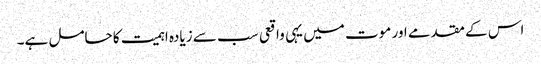
اس کے مقدمے اور موت میں یہی واقعی سب سے زیادہ اہمیت کا حامل ہے۔